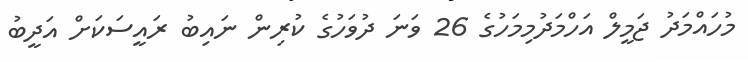
މުހައްމަދު ޖަމީލް އަހްމަދުމިމަހުގެ 26 ވަނަ ދުވަހުގެ ކުރިން ނައިބު ރައީސަކަށް އަދީބު